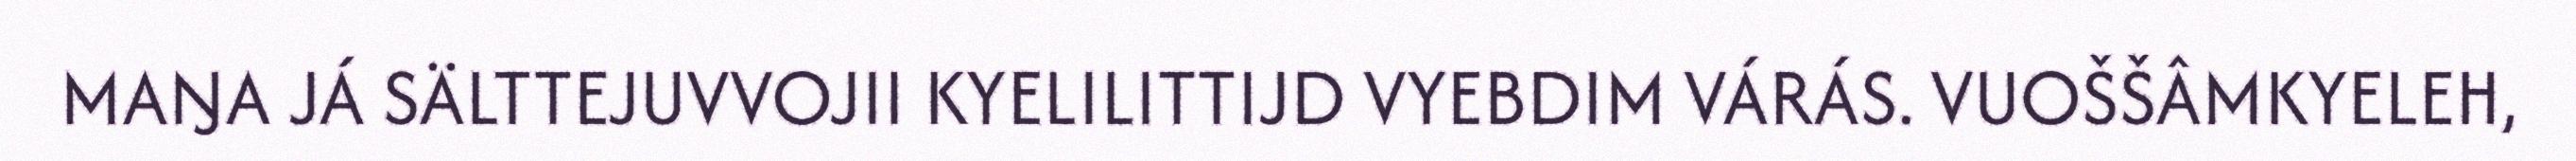
MAŊA JÁ SÄLTTEJUVVOJII KYELILITTIJD VYEBDIM VÁRÁS. VUOŠŠÂMKYELEH,